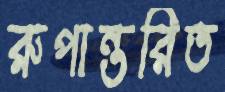
রুপান্তরিত